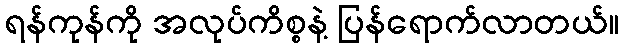
ရန်ကုန်ကို အလုပ်ကိစ္စနဲ့ ပြန်ရောက်လာတယ်။